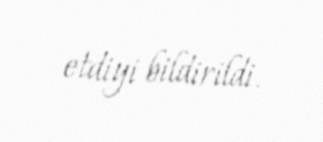
etdiyi bildirildi.